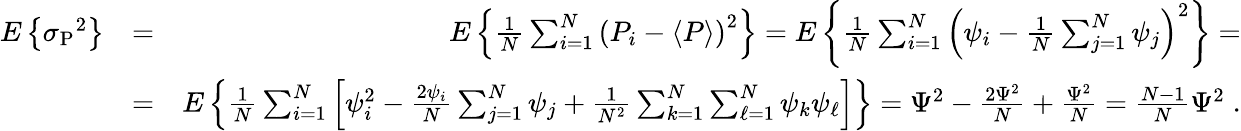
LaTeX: \begin{array}{rlr}{E\left\{ \sigma{_{\mathrm P}}^{2}\right\} }&{=}&{E\left\{ {\frac{1}{N}}\sum_{i=1}^{N}\left(P_{i}-\langle P\rangle\right)^{2}\right\} =E\left\{ {\frac{1}{N}}\sum_{i=1}^{N}\left(\psi_{i}-{\frac{1}{N}}\sum_{j=1}^{N}\psi_{j}\right)^{2}\right\} =}\\ &{=}&{E\left\{ {\frac{1}{N}}\sum_{i=1}^{N}\left[\psi_{i}^{2}-{\frac{2\psi_{i}}{N}}\sum_{j=1}^{N}\psi_{j}+{\frac{1}{N^{2}}}\sum_{k=1}^{N}\sum_{\ell=1}^{N}\psi_{k}\psi_{\ell}\right]\right\} =\Psi^{2}-{\frac{2\Psi^{2}}{N}}+{\frac{\Psi^{2}}{N}}={\frac{N-1}{N}}\Psi^{2}\; .}\end{array}